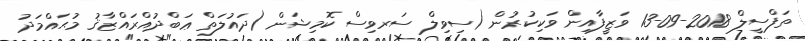
ތަފްސީލް 2018-09-13 ވަޒީފާއިން ވަކިކުރުން (ސިވިލް ސަރވިސް ކޮމިޝަން (ދައުލަތް ޢަބްދުއްރައްޒާޤު މުޙައްމަދު